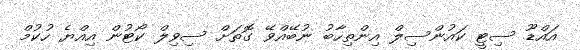
އައްޑޫ ސިޓީ ކައުންސިލް އިންތިހާބު ނުބޭއްވޭ ގޮތަށް ސިވިލް ކޯޓުން އިއްޔެ ހުކުމް